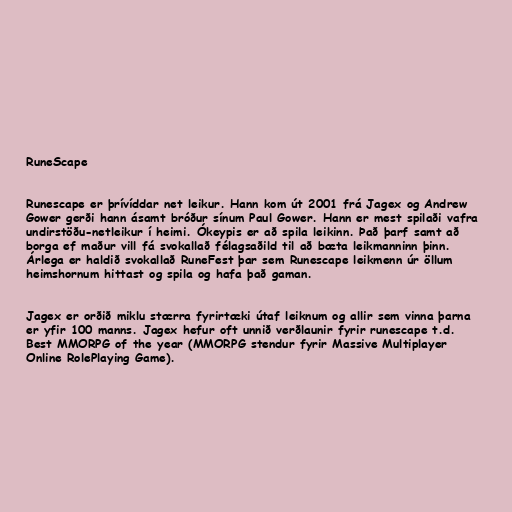
RuneScape

Runescape er þrívíddar net leikur. Hann kom út 2001 frá Jagex og Andrew
Gower gerði hann ásamt bróður sínum Paul Gower. Hann er mest spilaði vafra
undirstöðu-netleikur í heimi. Ókeypis er að spila leikinn. Það þarf samt að
borga ef maður vill fá svokallað félagsaðild til að bæta leikmanninn þinn.
Árlega er haldið svokallað RuneFest þar sem Runescape leikmenn úr öllum
heimshornum hittast og spila og hafa það gaman.

Jagex er orðið miklu stærra fyrirtæki útaf leiknum og allir sem vinna þarna
er yfir 100 manns. Jagex hefur oft unnið verðlaunir fyrir runescape t.d.
Best MMORPG of the year (MMORPG stendur fyrir Massive Multiplayer
Online RolePlaying Game).